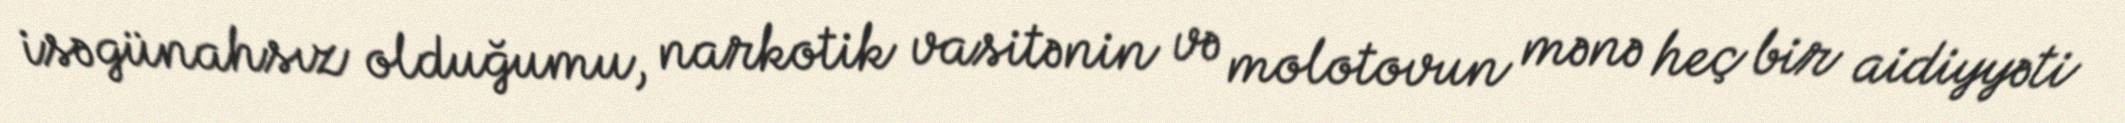
isə günahsız olduğumu, narkotik vasitənin və molotovun mənə heç bir aidiyyəti